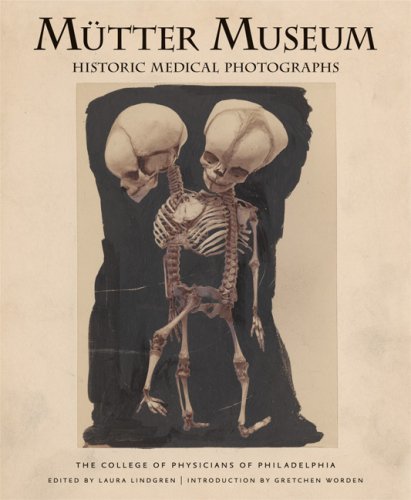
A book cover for Mutter Museum Historic Medical Photographs; College of Physicians of Philadelphia; Arts & Photography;